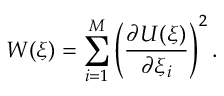
W ( \xi ) = \sum _ { i = 1 } ^ { M } \left( \frac { \partial U ( \xi ) } { \partial \xi _ { i } } \right) ^ { 2 } .